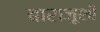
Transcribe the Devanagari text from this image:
बाराज़ूशी